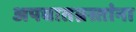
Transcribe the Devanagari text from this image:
अपघातग्रस्तांना